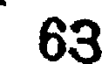
63